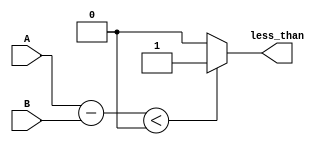
module less_than_comparator (
    input [31:0] A,
    input [31:0] B,
    output reg less_than
);

reg [31:0] difference;

always @ (A or B)
begin
    difference = A - B;
    
    if (difference < 0)
        less_than = 1;
    else
        less_than = 0;
end

endmodule